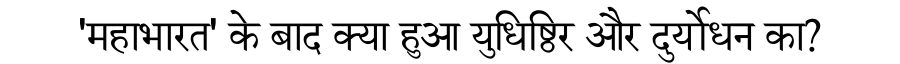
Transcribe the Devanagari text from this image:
'महाभारत' के बाद क्या हुआ युधिष्ठिर और दुर्योधन का?